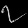
Digit: ၇